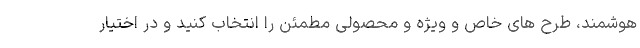
هوشمند، طرح های خاص و ویژه و محصولی مطمئن را انتخاب کنید و در اختیار